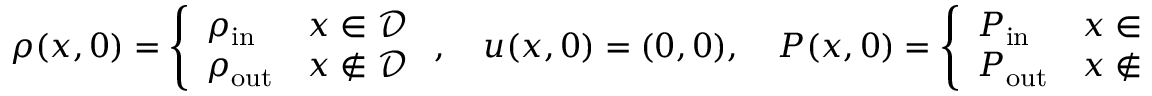
\begin{array} { r } { \rho ( x , 0 ) = \left\{ \begin{array} { l l } { \rho _ { \mathrm { i n } } } & { x \in \mathcal { D } } \\ { \rho _ { \mathrm { o u t } } } & { x \notin \mathcal { D } } \end{array} \right. , \quad u ( x , 0 ) = ( 0 , 0 ) , \quad P ( x , 0 ) = \left\{ \begin{array} { l l } { P _ { \mathrm { i n } } } & { x \in \mathcal { D } } \\ { P _ { \mathrm { o u t } } } & { x \notin \mathcal { D } } \end{array} \right. \mathrm { ~ . ~ } } \end{array}